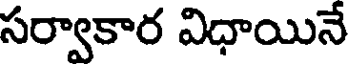
సర్వాకార విధాయినే